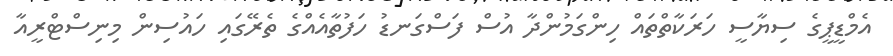
އެމްޑީޕީގެ ސިޔާސީ ހަރަކާތްތައް ހިންގަމުންދާ އުސް ފަސްގަނޑު ހަފުތާއެއްގެ ތެރޭގައި ހައުސިން މިނިސްޓްރީއާ